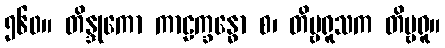
၅၆၀။ တိန္ဒုကော ကာဠက္ခန္ဓော စ၊ တိမ္ဗရူသက တိမ္ဗရူ။